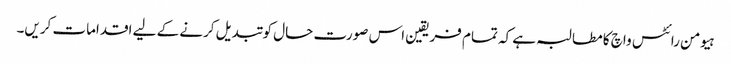
ہیومن رائٹس واچ کا مطالبہ ہے کہ تمام فریقین اس صورت حال کو تبدیل کرنے کے لیے اقدامات کریں۔